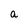
Character: a